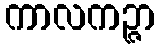
ကာလကဉ္ဇာ